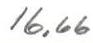
16,66